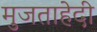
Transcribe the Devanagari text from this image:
मुजताहेदी